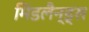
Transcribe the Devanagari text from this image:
मिडलैन्ड्स